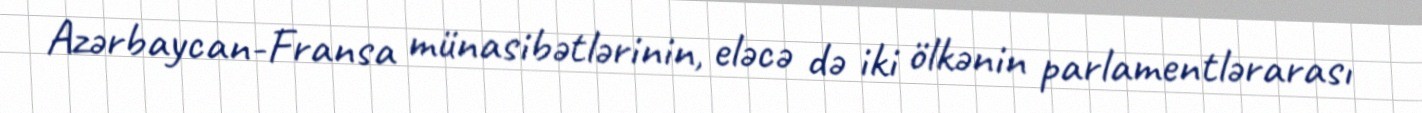
Azərbaycan-Fransa münasibətlərinin, eləcə də iki ölkənin parlamentlərarası